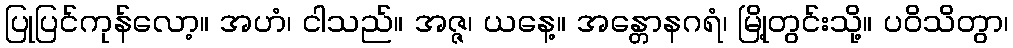
ပြုပြင်ကုန်လော့။ အဟံ၊ ငါသည်။ အဇ္ဇ၊ ယနေ့။ အန္တောနဂရံ၊ မြို့တွင်းသို့။ ပဝိသိတွာ၊